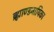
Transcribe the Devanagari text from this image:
ब्र्ह्माण्डनायिका